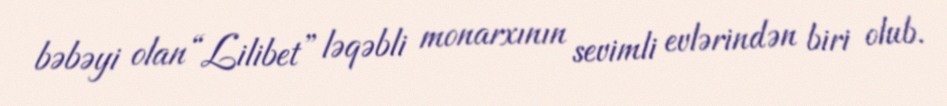
bəbəyi olan “Lilibet” ləqəbli monarxının sevimli evlərindən biri olub.